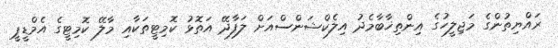
ރައްޔިތުންގެ މަޖިލީހުގެ އިންތިޚާބާމެދު އިލެކްޝަންސްއަށް ލަފާދޭ އަތޮޅު ކޮމިޓީތަކާއި މާލޭ ކޮމިޓީގެ އެމްޑީޕީ